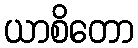
ယာစိတော